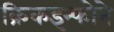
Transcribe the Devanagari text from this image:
क्रिकइन्फोने